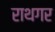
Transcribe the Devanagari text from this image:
राथगर